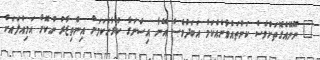
" ނޫނޭއެގޮތަށްވެސް ކަންތައްވާނެއެކަމު އަބަދުވެސް އޭނާ އިސްނަގާ ކުރާނެކަމަށް އިންތިޒާރު ނުކޮށް އަމިއްލައަށް